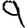
Digit: 9